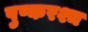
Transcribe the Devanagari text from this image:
पुष्करश्च